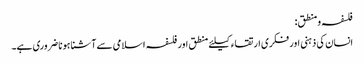
فلسفہ ومنطق:
انسان کی ذہنی اور فکری ارتقاء کیلئے منطق اور فلسفہ اسلامی سے آشنا ہونا ضروری ہے۔